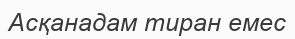
Асқанадам тиран емес